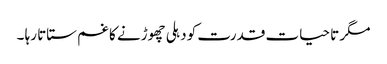
مگر تا حیات قدرت کو دہلی چھوڑنے کا غم ستاتا رہا ۔